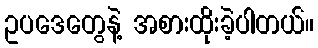
ဥပဒေတွေနဲ့ အစားထိုးခဲ့ပါတယ်။